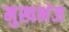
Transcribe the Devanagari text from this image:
मुखभंज